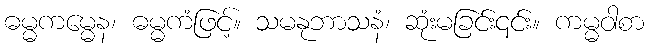
ဓမ္မကမ္မေန၊ ဓမ္မကံဖြင့်။ သမနုဘာသနံ၊ ဆုံးမခြင်း၎င်း။ ကမ္မဝါစာ